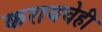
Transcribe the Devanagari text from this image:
करायचेही